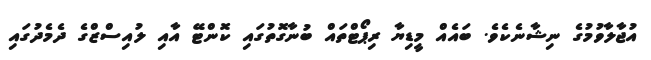
އުޖާލާވުމުގެ ނިޝާނެކެވެ. ބައެއް މީޑިޔާ ރިޕޯޓްތައް ބުނާގޮތުގައި ކޮންޓޭ އާއި ލުއިސްޒްގެ ދެމެދުގައި